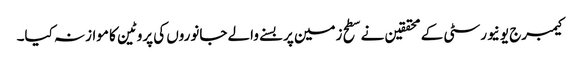
کیمبرج یونیورسٹی کے محققین نے سطح زمین پر بسنے والے جانوروں کی پروٹین کا موازنہ کیا۔